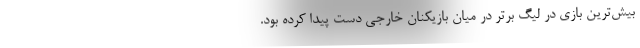
بیش‌ترین بازی در لیگ برتر در میان بازیکنان خارجی دست پیدا کرده بود.